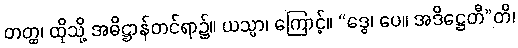
တတ္ထ၊ ထိုသို့ အဓိဋ္ဌာန်တင်ရာ၌။ ယသ္မာ၊ ကြောင့်။ “ဒွေ၊ ပေ။ အဒိဋ္ဌေတီ”တိ၊